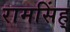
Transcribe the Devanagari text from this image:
रामसिंह्